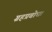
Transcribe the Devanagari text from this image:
ग्रहप्रबोध।